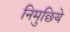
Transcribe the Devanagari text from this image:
निमुछिये